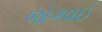
જોગવઈ